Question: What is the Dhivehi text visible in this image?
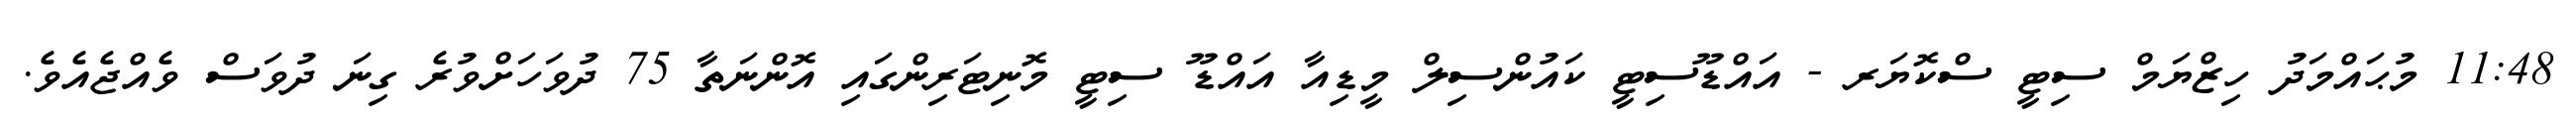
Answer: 11:48 މުޙައްމަދު ހިޒްޔަމް ސިޓީ ސްކޮޔަރ - އައްޑޫސިޓީ ކައުންސިލް މީޑިއާ އައްޑޫ ސިޓީ މޮނިޓަރިންގައި އޮންނަތާ 75 ދުވަހަށްވުރެ ގިނަ ދުވަސް ވެއްޖެއެވެ.